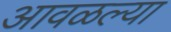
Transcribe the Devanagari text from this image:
आवळल्या